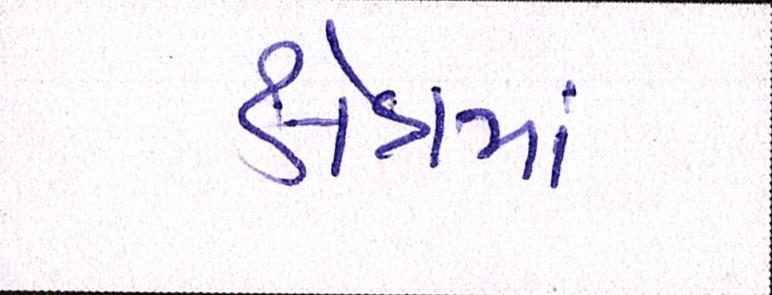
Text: ક્ષેત્રમાં